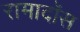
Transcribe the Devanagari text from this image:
रामादॉस